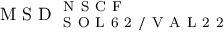
\mathrm { ~ M ~ S ~ D ~ } _ { \mathrm { ~ S ~ O ~ L ~ 6 ~ 2 ~ / ~ V ~ A ~ L ~ 2 ~ 2 ~ } } ^ { \mathrm { ~ N ~ S ~ C ~ F ~ } }